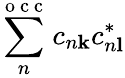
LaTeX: \sum_{n}^{\mathrm{~o~c~c~}}c_{n\mathbf{k}}c_{n\mathbf{l}}^{*}